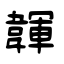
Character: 韗